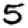
Digit: 5